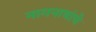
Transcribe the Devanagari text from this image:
नागनाथांचे